Malaria in the Punjab - Number 46
Disease focus: Malaria
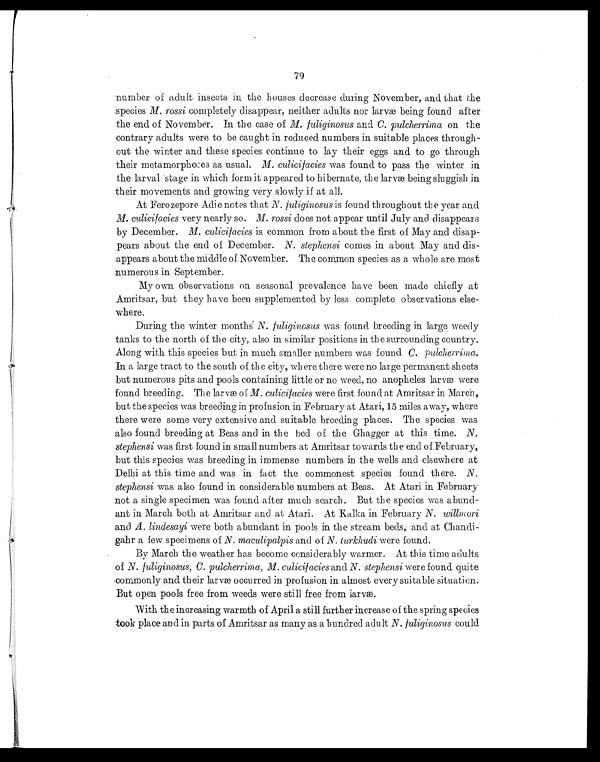
79
number of adult insects in the houses decrease during November, and that the
.species M. rossi completely disappear, neither adults nor larva being found after
the end of November. In the case of M. fuliginosus and C. pulcherrima on the
contrary adults were to be caught in reduced numbers in suitable places through-
out the winter and these species continue to lay their eggs and to go through
their metamorpho:es as usual. M. culicifacies was found to pass the winter in
the larval stage in which form it appeared to hibernate, the larvæ being sluggish in
their movements and growing very slowly if at all.
At Ferozepore Adie notes that N. fuliginosus is found throughout the year and
M. culicilacies very nearly so. M. rossi does not appear until July and disappears
by December. M. culicifacies is common from about the first of May and disap-
pears about the end of December. N. stephensi comes in about May and dis-
appears about the middle of November. The common species as a whole are most
numerous in September.
My own observations on seasonal prevalence have been made chiefly at
Amritsar, but they have been supplemented by less complete observations else-
where.
During the winter months N. fuliginosus was found breeding in large weedy
tanks to the north of the city, also in similar positions in the surrounding country.
Along with this species but in much smaller numbers was found C. pulcherrima.
In a large tract to the south of th e city, where there were no large permanent sheets
but numerous pits and pools containing little or no weed, no anopheles larvæ were
found breeding. The larvæ of M. culicifacies were first found at Amritsar in March,
but the species was breeding in profusion in February at Atari, 15 miles away, where
there were some very extensive and suitable breeding places. The species was
also found breeding at Beas and in the bed of the Ghagger at this time. N.
stephensi was first found in small numbers at Amritsar towards the end of February,
but this species was breeding in immense numbers in the wells and elsewhere at
Delhi at this time and was in fact the commonest species found there. N .
stephensi was also found in considerable numbers at Beas. At Atari in February
not a single specimen was found after much search. But the species was abund-
ant in March both at Amritsar and at Atari. At Ralka in February N. willmori
and A. lindesayi were both abundant in pools in the stream beds, and at Chandi-
gahr a few specimens of N. maculipalpis and of N. turlehudi were found.
By March the weather has become considerably warmer. At this time, adults
of N. fuliginosus, C. pulcherrima, M. culicifacies and N. stephensi were found quite
commonly and their larvæ occurred in profusion in almost every suitable situation.
But open pools free from weeds were still free from larvæ.
With the increasing warmth of April a still further increase of the spring species
-took place and in parts of Amritsar as many as a hundred adult N. fuliginosus could